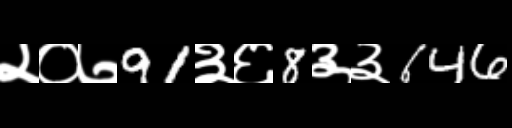
Text: २०७91३६8३३646